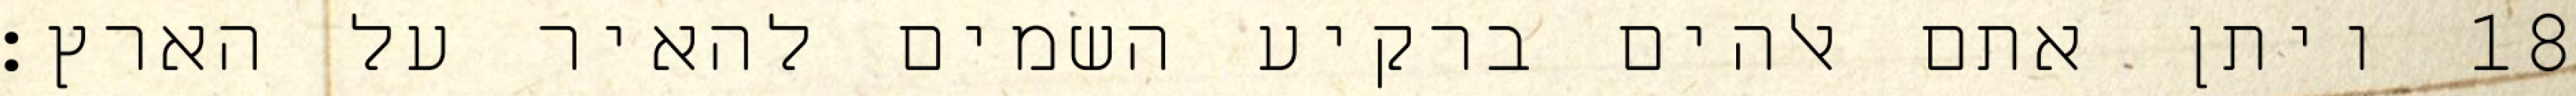
ויתן אתם אלהים ברקיע השמים להאיר על הארץ׃ ‎18‏